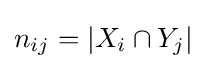
n_{ij}=|X_{i}\cap Y_{j}|